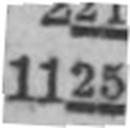
1125